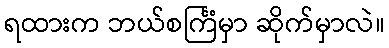
ရထားက ဘယ်စင်္ကြံမှာ ဆိုက်မှာလဲ။